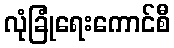
လုံခြုံရေးကောင်စီ